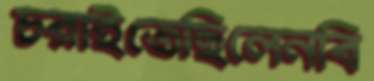
চরাইতেছিলেনবি